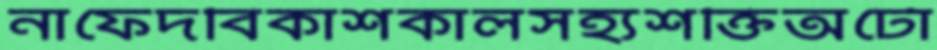
নাফেদবিকাশকালসহ্যশক্তিঅটো